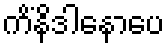
ကိံနိဒါနောပေ